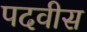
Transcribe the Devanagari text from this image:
पदवीस